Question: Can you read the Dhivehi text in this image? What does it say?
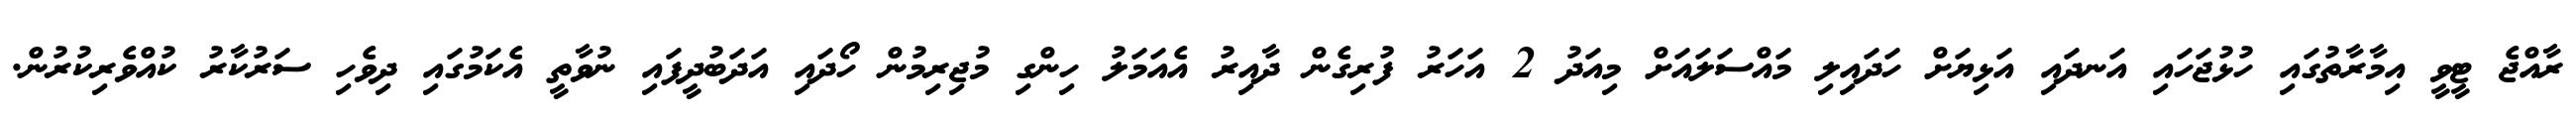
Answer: ރާއްޖެ ޓީވީ އިމާރާތުގައި ހުޅުޖަހައި އަނދައި އަޅިޔަށް ހަދައިލި މައްސަލައަށް މިއަދު 2 އަހަރު ފުރިގެން ދާއިރު އެއަމަލު ހިންގި މުޖިރިމުން ހޯދައި އަދަބުދީފައި ނުވާތީ އެކަމުގައި ދިވެހި ސަރުކާރު ކުއްވެރިކުރުން.